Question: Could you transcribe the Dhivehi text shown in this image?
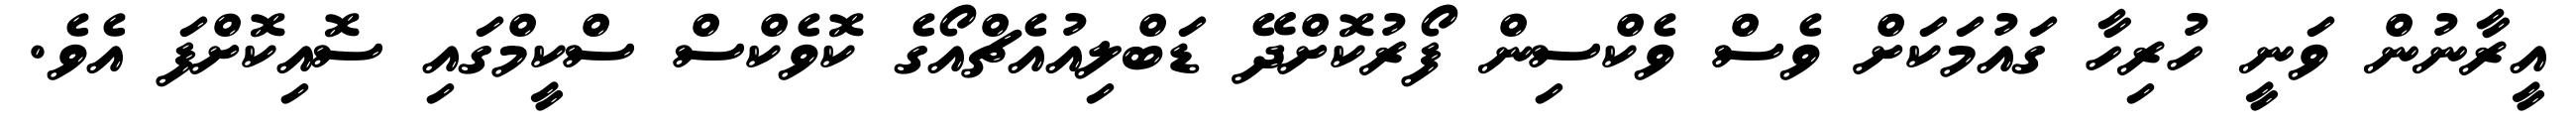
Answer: އީރާނުން ވަނީ ހުރިހާ ގައުމަކަށް ވެސް ވެކްސިން ފޯރުކޮށްދޭ ޑަބްލިއުއެޗްއޯގެ ކޮވެކްސް ސްކީމްގައި ސޮއިކޮށްފަ އެވެ.